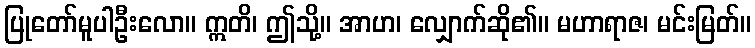
ပြုတော်မူပါဦးလော။ ဣတိ၊ ဤသို့။ အာဟ၊ လျှောက်ဆို၏။ မဟာရာဇ၊ မင်းမြတ်။